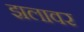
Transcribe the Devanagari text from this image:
झलावर